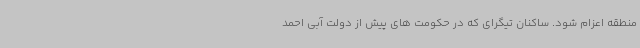
منطقه اعزام شود. ساکنان تیگرای که در حکومت های پیش از دولت آبی احمد